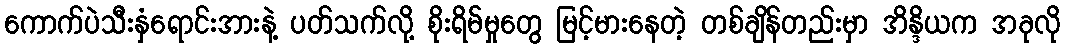
ကောက်ပဲသီးနှံရောင်းအားနဲ့ ပတ်သက်လို့ စိုးရိမ်မှုတွေ မြင့်မားနေတဲ့ တစ်ချိန်တည်းမှာ အိန္ဒိယက အခုလို